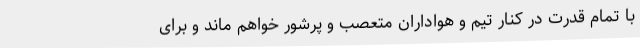
با تمام قدرت در کنار تیم و هواداران متعصب و پرشور خواهم ماند و برای